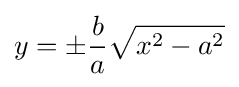
y=\pm {\frac {b}{a}}{\sqrt {x^{2}-a^{2}}}